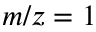
m / z = 1